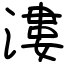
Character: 漊